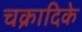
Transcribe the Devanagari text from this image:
चक्रादिके